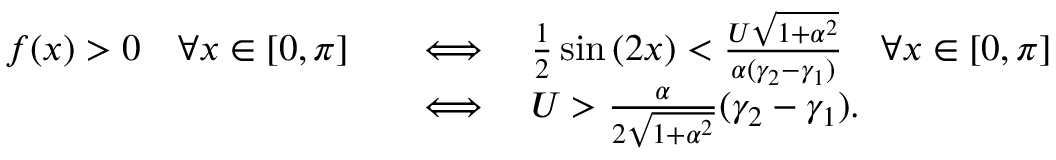
\begin{array} { r l } { f ( x ) > 0 \quad \forall x \in [ 0 , \pi ] \quad } & { \Longleftrightarrow \quad \frac { 1 } { 2 } \sin { ( 2 x ) } < \frac { U \sqrt { 1 + \alpha ^ { 2 } } } { \alpha ( \gamma _ { 2 } - \gamma _ { 1 } ) } \quad \forall x \in [ 0 , \pi ] } \\ & { \Longleftrightarrow \quad U > \frac { \alpha } { 2 \sqrt { 1 + \alpha ^ { 2 } } } ( \gamma _ { 2 } - \gamma _ { 1 } ) . } \end{array}